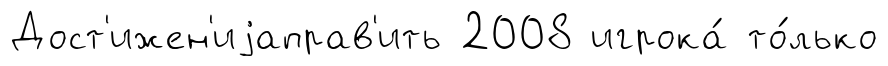
Дост'ижен'иjаправ'ить 2008 игрока́ то́лько